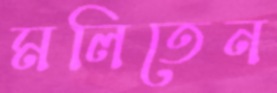
মলিতেন